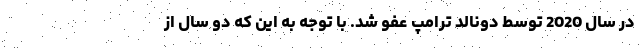
در سال 2020 توسط دونالد ترامپ عفو شد. با توجه به این که دو سال از